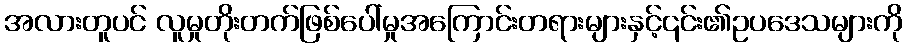
အလားတူပင် လူမှုတိုးတက်ဖြစ်ပေါ်မှုအကြောင်းတရားများနှင့်၎င်း၏ဥပဒေသများကို